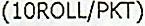
(10ROLL/PKT)